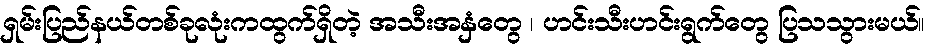
ရှမ်းပြည်နယ်တစ်ခုလုံးကထွက်ရှိတဲ့ အသီးအနှံတွေ ၊ ဟင်းသီးဟင်းရွက်တွေ ပြသသွားမယ်။